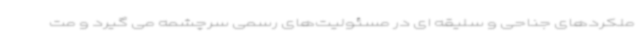
ملکردهای جناحی و سلیقه ای در مسئولیت‌های رسمی سرچشمه می گیرد و مت